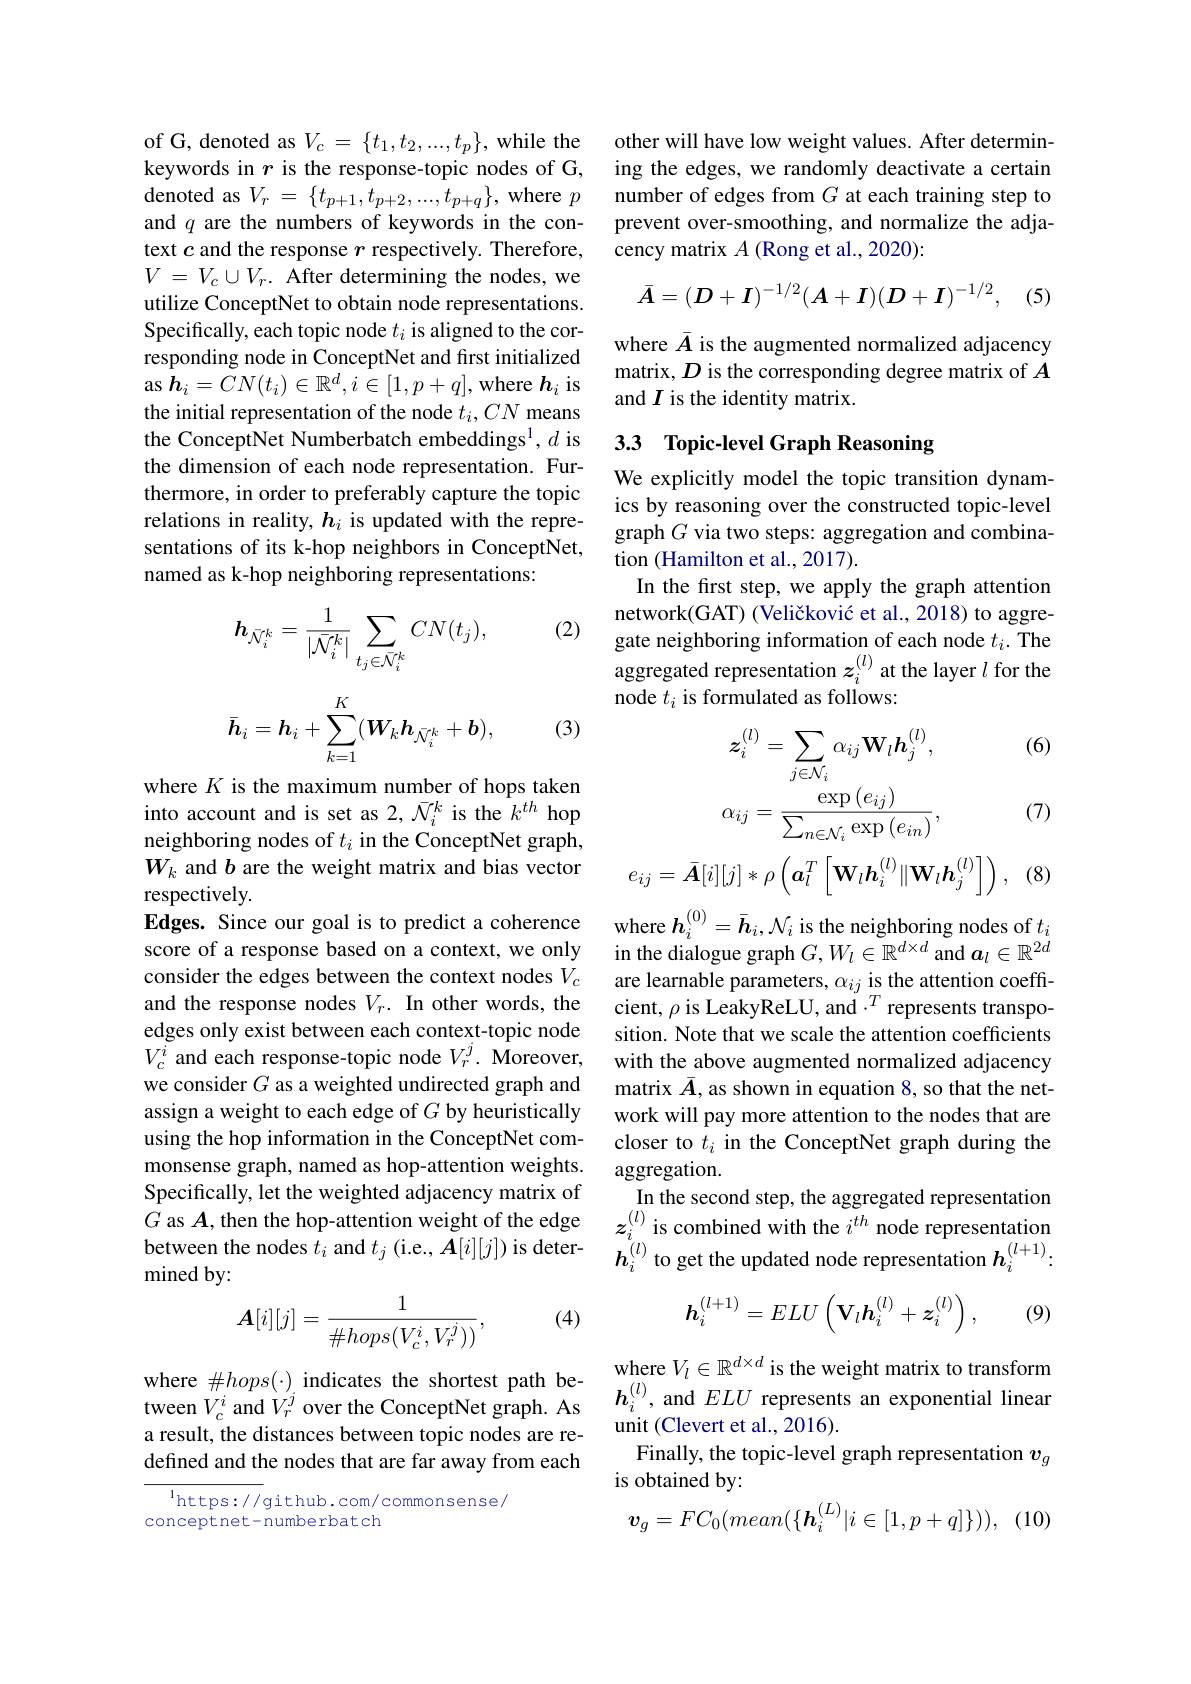
of G, denoted as $V_c=\{t_1,t_2,...,t_p\}$,while the keywords in $r$ is the response-topic nodes of G, denoted as $V_r=\{t_{p+1},t_{p+2},...,t_{p+q}\}$, where $p$ and $q$ are the numbers of keywords in the context $c$ and the response $r$ respectively. Therefore, $V=V_{c}\cup V_{r}.$ After determining the nodes, we utilize ConceptNet to obtain node representations. Specifically, each topic node $t_i$ is aligned to the corresponding node in ConceptNet and first initialized as $\boldsymbol{h}_i=CN(t_i)\in\mathbb{R}^d,i\in[1,p+q]$,where $\boldsymbol{h}_i$ is the initial representation of the node $t_i,CN$ means the ConceptNet Numberbatch embeddings$^1,d$ is the dimension of each node representation. Furthermore, in order to preferably capture the topic relations in reality, $h_i$ is updated with the representations of its k-hop neighbors in ConceptNet, named as k-hop neighboring representations:

(2)
$$h_{\bar{\mathcal{N}}_{i}^{k}}=\frac{1}{|\bar{\mathcal{N}}_{i}^{k}|}\sum_{t_{j}\in\bar{\mathcal{N}}_{i}^{k}}CN(t_{j}),$$
$$\bar{\boldsymbol{h}}_i=\boldsymbol{h}_i+\sum_{k=1}^K(\boldsymbol{W}_k\boldsymbol{h}_{\bar{\mathcal{N}}_i^k}+\boldsymbol{b}),$$
(3)

where $K$ is the maximum number of hops taken into account and is set as 2, $\bar{\mathcal{N}}_i^k$ is the $k^{th}$ hop neighboring nodes of $t_i$ in the ConceptNet graph, $W_k$ and $b$ are the weight matrix and bias vector respectively.
Edges. Since our goal is to predict a coherence score of a response based on a context, we only consider the edges between the context nodes $V_c$ and the response nodes $V_r.$ In other words, the edges only exist between each context-topic node $V_{c}^{i}$ and each response-topic node $V_r^j.$ Moreover, we consider $G$ as a weighted undirected graph and assign a weight to each edge of $G$ by heuristically using the hop information in the ConceptNet commonsense graph, named as hop-attention weights. Specifically, let the weighted adjacency matrix of $G$ as $A$,then the hop-attention weight of the edge between the nodes $t_i$ and $t_j$ (i.e., $\boldsymbol A[i][j])$ is determined by:
$$\boldsymbol{A}[i][j]=\frac{1}{\#hops(V_{c}^{i},V_{r}^{j}))},$$
(4)

where $\#hops(\cdot)_{i}$ indicates the shortest path be-
wnere $\# hops( \cdot )$ indicates the shorrtest path be- tween $V_c^i$ and $V_r^j$ over the ConceptNet graph. As $\boldsymbol{h}_i^{( l) }$, and $ELU$ represents an exponential linear umit $C$lavert et al 2016
a result, the distances between topic nodes are redefined and the nodes that are far away from each

$^{1}$https://github.com/commonsense/
conceptnet-numberbatch

other will have low weight values. After determining the edges, we randomly deactivate a certain number of edges from $G$ at each training step to prevent over-smoothing, and normalize the adjacency matrix $A$ (Rong et al., 2020):
$$\bar{A}=(D+I)^{-1/2}(A+I)(D+I)^{-1/2},$$
(5)

where $\bar{A}$ is the augmented normalized adjacency matrix, $D$ is the corresponding degree matrix of $A$ and $I$ is the identity matrix.

## 3.3 Topic-level Graph Reasoning

We explicitly model the topic transition dynamics by reasoning over the constructed topic-level graph $G$ via two steps: aggregation and combination (Hamilton et al., 2017).
In the first step, we apply the graph attention network(GAT) (Veličković et al., 2018) to aggregate neighboring information of each node $t_i.$ The aggregated representation $z_i^{(l)}$ at the layer $l$ for the node $t_i$ is formulated as follows:
$$\boldsymbol{z}_{i}^{(l)}=\sum_{j\in\mathcal{N}_{i}}\alpha_{ij}\mathbf{W}_{l}\boldsymbol{h}_{j}^{(l)},\text{(}\\\alpha_{ij}=\frac{\exp\left(e_{ij}\right)}{\sum_{n\in\mathcal{N}_{i}}\exp\left(e_{in}\right)},\text{(}\\e_{ij}=\bar{\boldsymbol{A}}[i][j]*\rho\left(\boldsymbol{a}_{l}^{T}\left[\mathbf{W}_{l}\boldsymbol{h}_{i}^{(l)}\|\mathbf{W}_{l}\boldsymbol{h}_{j}^{(l)}\right]\right),\text{(}$$
where $\boldsymbol h_i^{(0)}=\bar{\boldsymbol{h}}_i,\mathcal{N}_i$ is the neighboring nodes of $t_i$ in the dialogue graph $G,W_l\in\mathbb{R}^{d\times d}$ and $\boldsymbol a_l\in\mathbb{R}^{2d}$ are learnable parameters, $\alpha_ij$ is the attention coeffcient, $\rho$ is LeakyReLU, and$\cdot^T$ represents transposition. Note that we scale the attention coefficients with the above augmented normalized adjacency matrix $\bar{A}$, as shown in equation 8, so that the network will pay more attention to the nodes that are closer to $t_i$ in the ConceptNet graph during the aggregation.
In the second step, the aggregated representation $z_{i}^{(l)}$ is combined with the $i^th$ node representation $h_{i}^{(l)}$ to get the updated node representation $h_i^{(l+1)}$
$$\boldsymbol{h}_i^{(l+1)}=ELU\left(\mathbf{V}_l\boldsymbol{h}_i^{(l)}+\boldsymbol{z}_i^{(l)}\right),$$
(9)

where $V_l\in\mathbb{R}^{d\times d}$ is the weight matrix to transform
unit (Clevert et al., 2016)
Finally, the topic-level graph representation $v_g$
is obtained by:
$$\boldsymbol{v}_g=FC_0(mean(\{\boldsymbol{h}_i^{(L)}|i\in[1,p+q]\})),$$